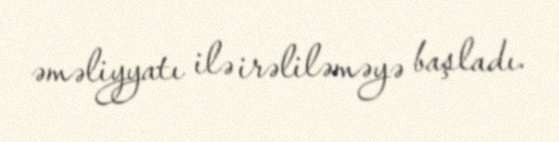
əməliyyatı ilə irəliləməyə başladı.